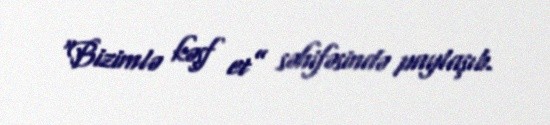
“Bizimlə kəşf et” səhifəsində paylaşıb.